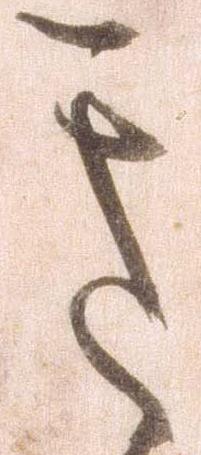
き